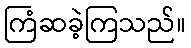
ကြံဆခဲ့ကြသည်။